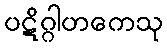
ပဋိဂ္ဂါဟကေသု